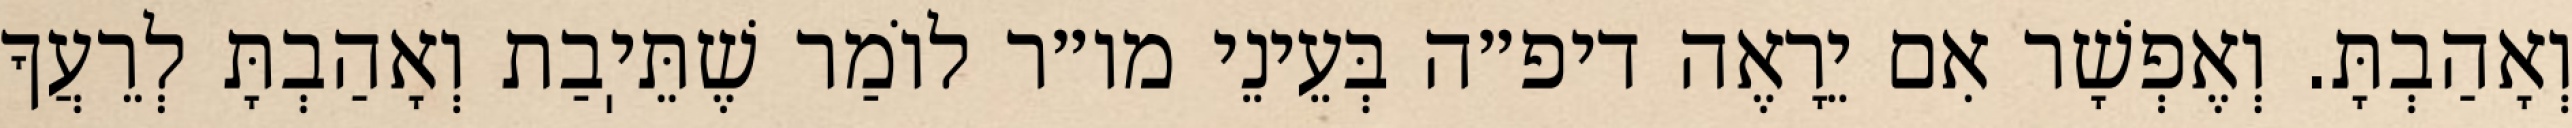
וְאָהַבְתָּ. וְאֶפְשָׁר אִם יֵרָאֶה דיפ״ה בְּעֵינֵי מו״ר לוֹמַר שֶׁתֵּיֽבַת וְאָהַבְתָּ לְרֵעֲךָ